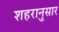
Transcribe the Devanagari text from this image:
शहरानुसार